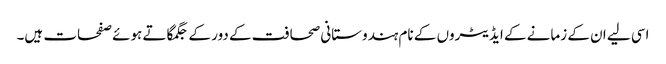
اسی لیے ان کے زمانے کے ایڈیٹروں کے نام ہندوستانی صحافت کے دور کے جگمگاتے ہوئے صفحات ہیں۔